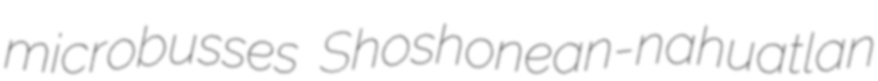
microbusses Shoshonean-nahuatlan